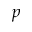
\boldsymbol { p }